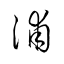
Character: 浦